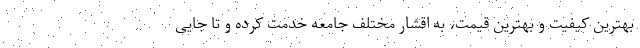
بهترین کیفیت و بهترین قیمت، به اقشار مختلف جامعه خدمت کرده و تا جایی